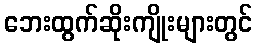
ဘေးထွက်ဆိုးကျိုးများတွင်